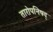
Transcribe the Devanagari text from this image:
तारोपनिषद्